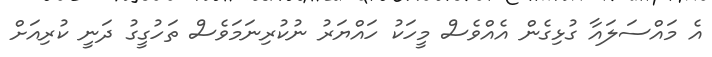
އެ މައްސަލައާ ގުޅިގެން އެއްވެސް މީހަކު ހައްޔަރު ނުކުރިނަމަވެސް ތަހުގީގު ދަނީ ކުރިއަށް